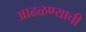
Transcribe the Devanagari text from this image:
आढळण्याची